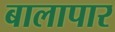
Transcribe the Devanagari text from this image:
बालापार